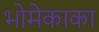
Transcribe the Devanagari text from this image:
भोमेकाका